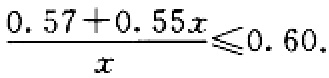
\(\frac{0.57 + 0.55x}{x} \leqslant 0.60\)